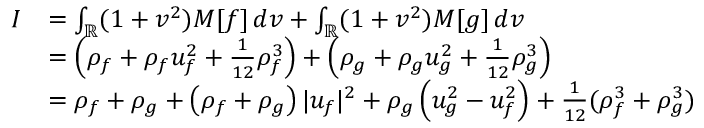
\begin{array} { r l } { I } & { = \int _ { \mathbb { R } } ( 1 + v ^ { 2 } ) M [ f ] \, d v + \int _ { \mathbb { R } } ( 1 + v ^ { 2 } ) M [ g ] \, d v } \\ & { = \left( \rho _ { f } + \rho _ { f } u _ { f } ^ { 2 } + \frac { 1 } { 1 2 } \rho _ { f } ^ { 3 } \right) + \left( \rho _ { g } + \rho _ { g } u _ { g } ^ { 2 } + \frac { 1 } { 1 2 } \rho _ { g } ^ { 3 } \right) } \\ & { = \rho _ { f } + \rho _ { g } + \left( \rho _ { f } + \rho _ { g } \right) | u _ { f } | ^ { 2 } + \rho _ { g } \left( u _ { g } ^ { 2 } - u _ { f } ^ { 2 } \right) + \frac { 1 } { 1 2 } ( \rho _ { f } ^ { 3 } + \rho _ { g } ^ { 3 } ) } \end{array}